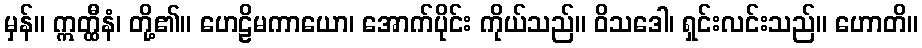
မှန်။ ဣတ္ထီနံ၊ တို့၏။ ဟေဠိမကာယော၊ အောက်ပိုင်း ကိုယ်သည်။ ဝိသဒေါ၊ ရှင်းလင်းသည်။ ဟောတိ။